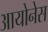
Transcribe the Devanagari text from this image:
आयोनेस